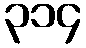
၃၁၄